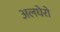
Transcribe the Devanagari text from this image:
अलघेरो